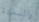
والسعادة